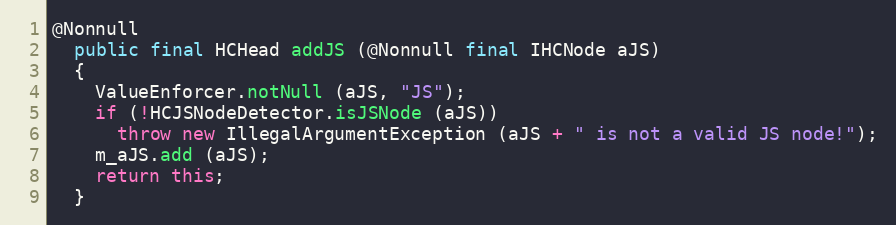
Language: Java
@Nonnull
  public final HCHead addJS (@Nonnull final IHCNode aJS)
  {
    ValueEnforcer.notNull (aJS, "JS");
    if (!HCJSNodeDetector.isJSNode (aJS))
      throw new IllegalArgumentException (aJS + " is not a valid JS node!");
    m_aJS.add (aJS);
    return this;
  }